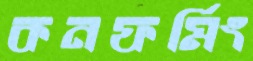
কনফর্মিং